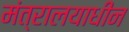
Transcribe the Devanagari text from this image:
मंत्रालयाधीन